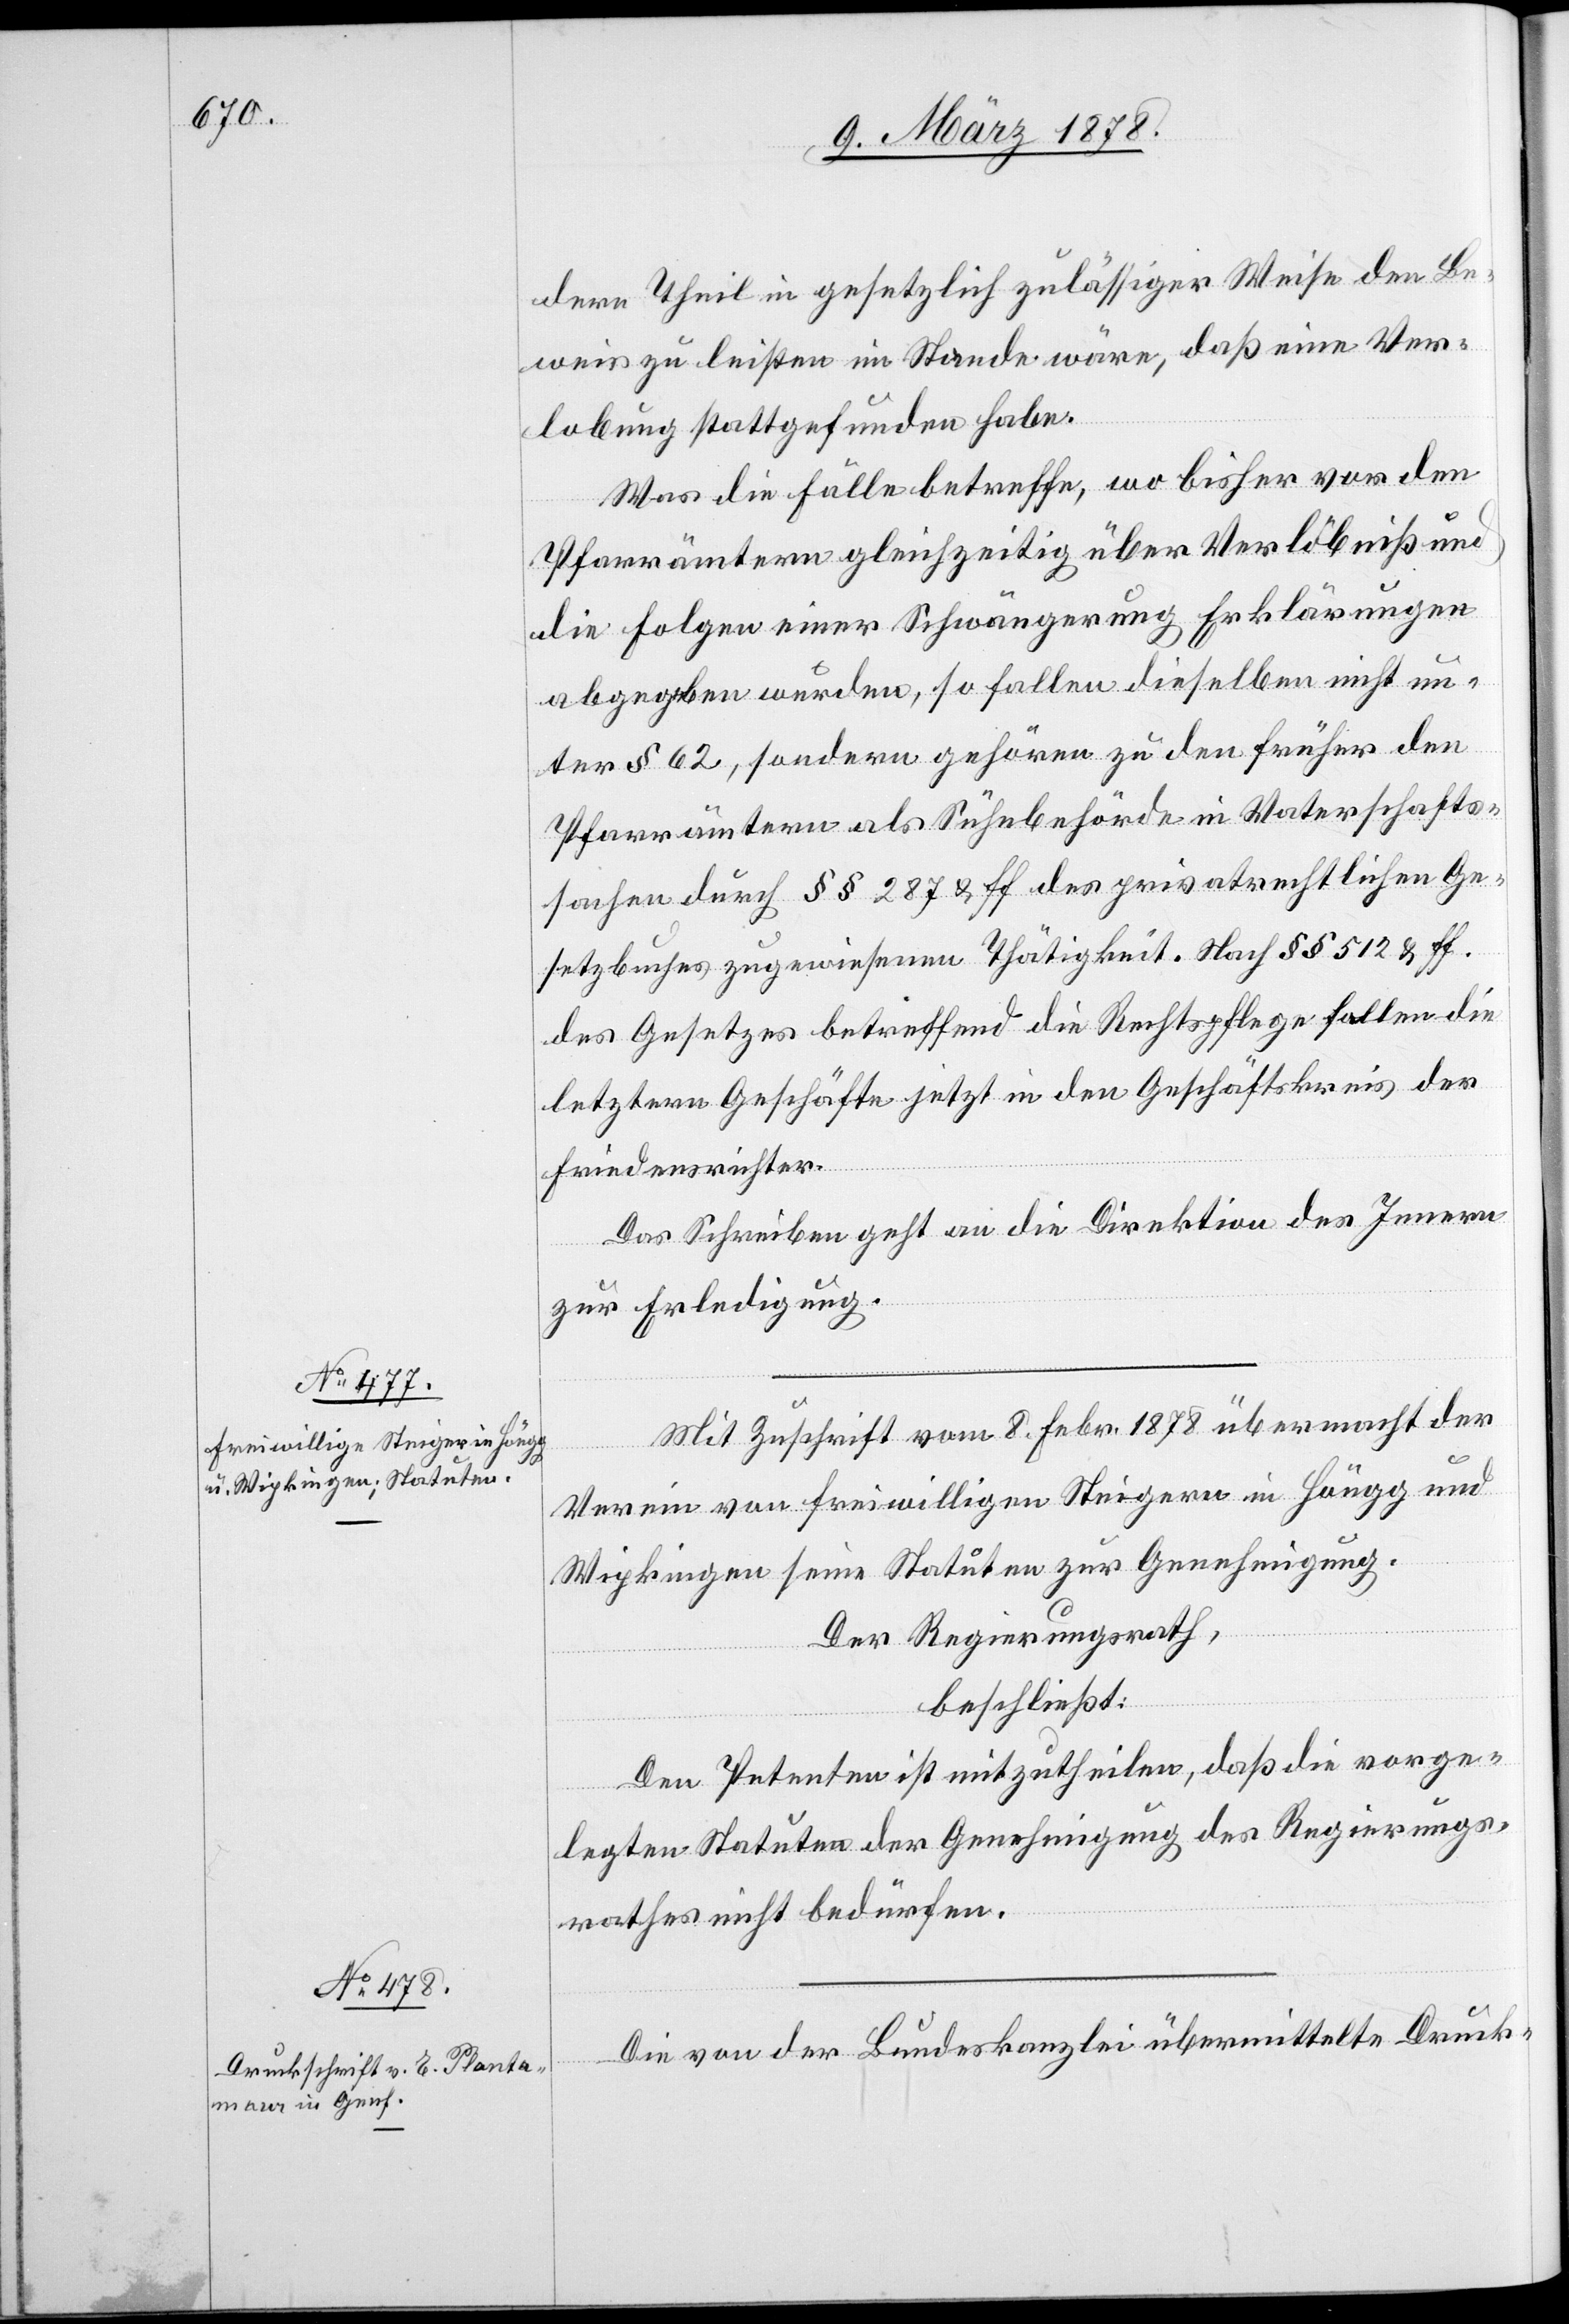
dere Theil in gesetzlich zulässiger Weise den Be¬
weis zu leisten im Stande wäre, daß eine Ver¬
lobung stattgefunden habe.
Was die Fälle betreffe, wo bisher vor den
Pfarrämtern gleichzeitig über Verlöbniß und
die Folgen einer Schwängerung Erklärungen
abgegeben wurde, so fallen dieselben nicht un¬
ter § 62, sondern gehören zu den früher den
Pfarrämtern als Sühnbehörde in Vaterschafts¬
sachen durch §§ 287 & ff des privatrechtlichen Ge¬
setzbuches zugewiesenen Thätigkeit. Nach §§ 512 & ff.
des Gesetzes betreffend die Rechtspflege fallen die
letztern Geschäfte jetzt in den Geschäftskreis der
Friedensrichter.
Das Schreiben geht an die Direktion des Innern
zur Erledigung.
Mit Zuschrift vom 8. Febr. 1878 übermacht der
Verein von freiwilligen Steigern in Höngg und
Wipkingen seine Statuten zur Genehmigung.
Der Regierungsrath,
beschließt:
Den Petenten ist mitzutheilen, daß die vorge¬
legten Statuten der Genehmigung des Regierungs¬
rathes nicht bedürfen.
Die von der Bundeskanzlei übermittelte Druck-